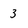
Character: 3